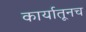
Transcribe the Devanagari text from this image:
कार्यातूनच